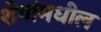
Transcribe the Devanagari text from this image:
शेंगांमधील